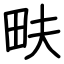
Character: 畉